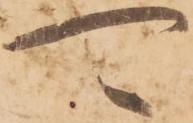
可